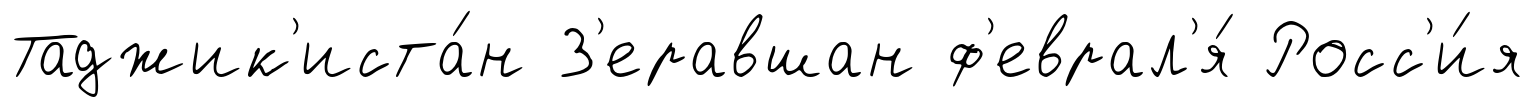
Таджик'иста́н З'еравшан ф'еврал'я́ Росс'и́я